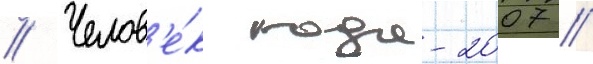
// Челов'е́к года-2007 //